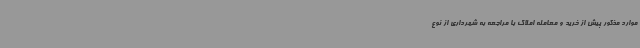
موارد مذکور پیش از خرید و معامله املاک با مراجعه به شهرداری از نوع